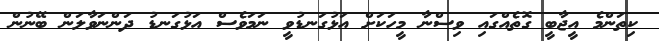
ކިތަންމެ އީޖާބީ ގޮތެއްގައި ވިސްނާ މީހަކަށް އަޅުގަނޑުވީ ނަމަވެސް އަޅުގަނޑު ދަންނަވާލަން ބޭނުން